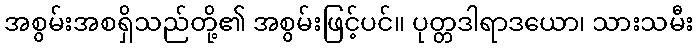
အစွမ်းအစရှိသည်တို့၏ အစွမ်းဖြင့်ပင်။ ပုတ္တဒါရာဒယော၊ သားသမီး